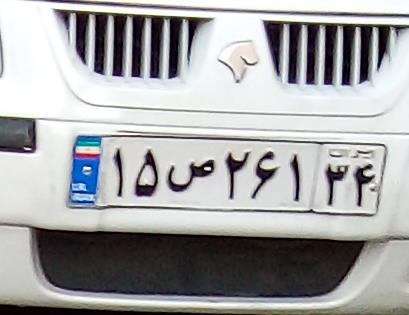
۱۵ص۲۶۱۳۴